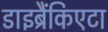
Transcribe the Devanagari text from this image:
डाइब्रैंकिएटा